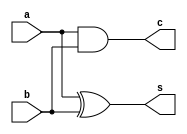
`timescale 1ns / 1ps


module HA(a,b,s,c);
	input a,b;
	output s,c;
	assign s = a^b;
	assign c = a&b;
endmodule